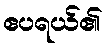
ဧပရယ်၏